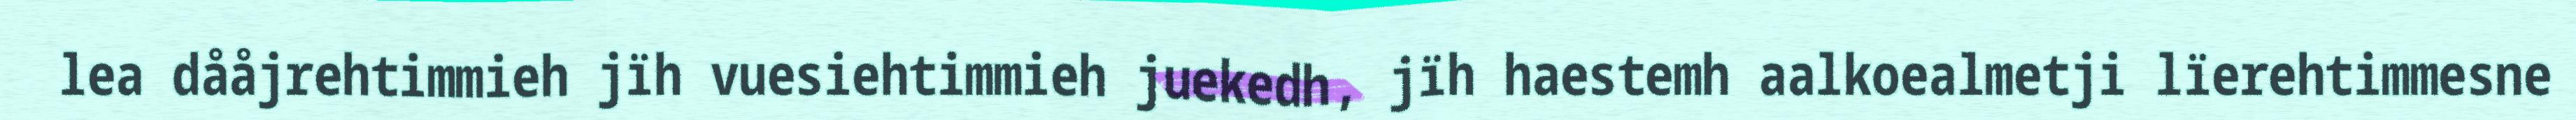
lea dååjrehtimmieh jïh vuesiehtimmieh juekedh, jïh haestemh aalkoealmetji lïerehtimmesne